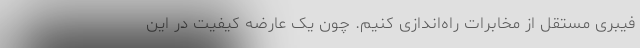
فیبری مستقل از مخابرات راه‌اندازی کنیم. چون یک عارضه کیفیت در این